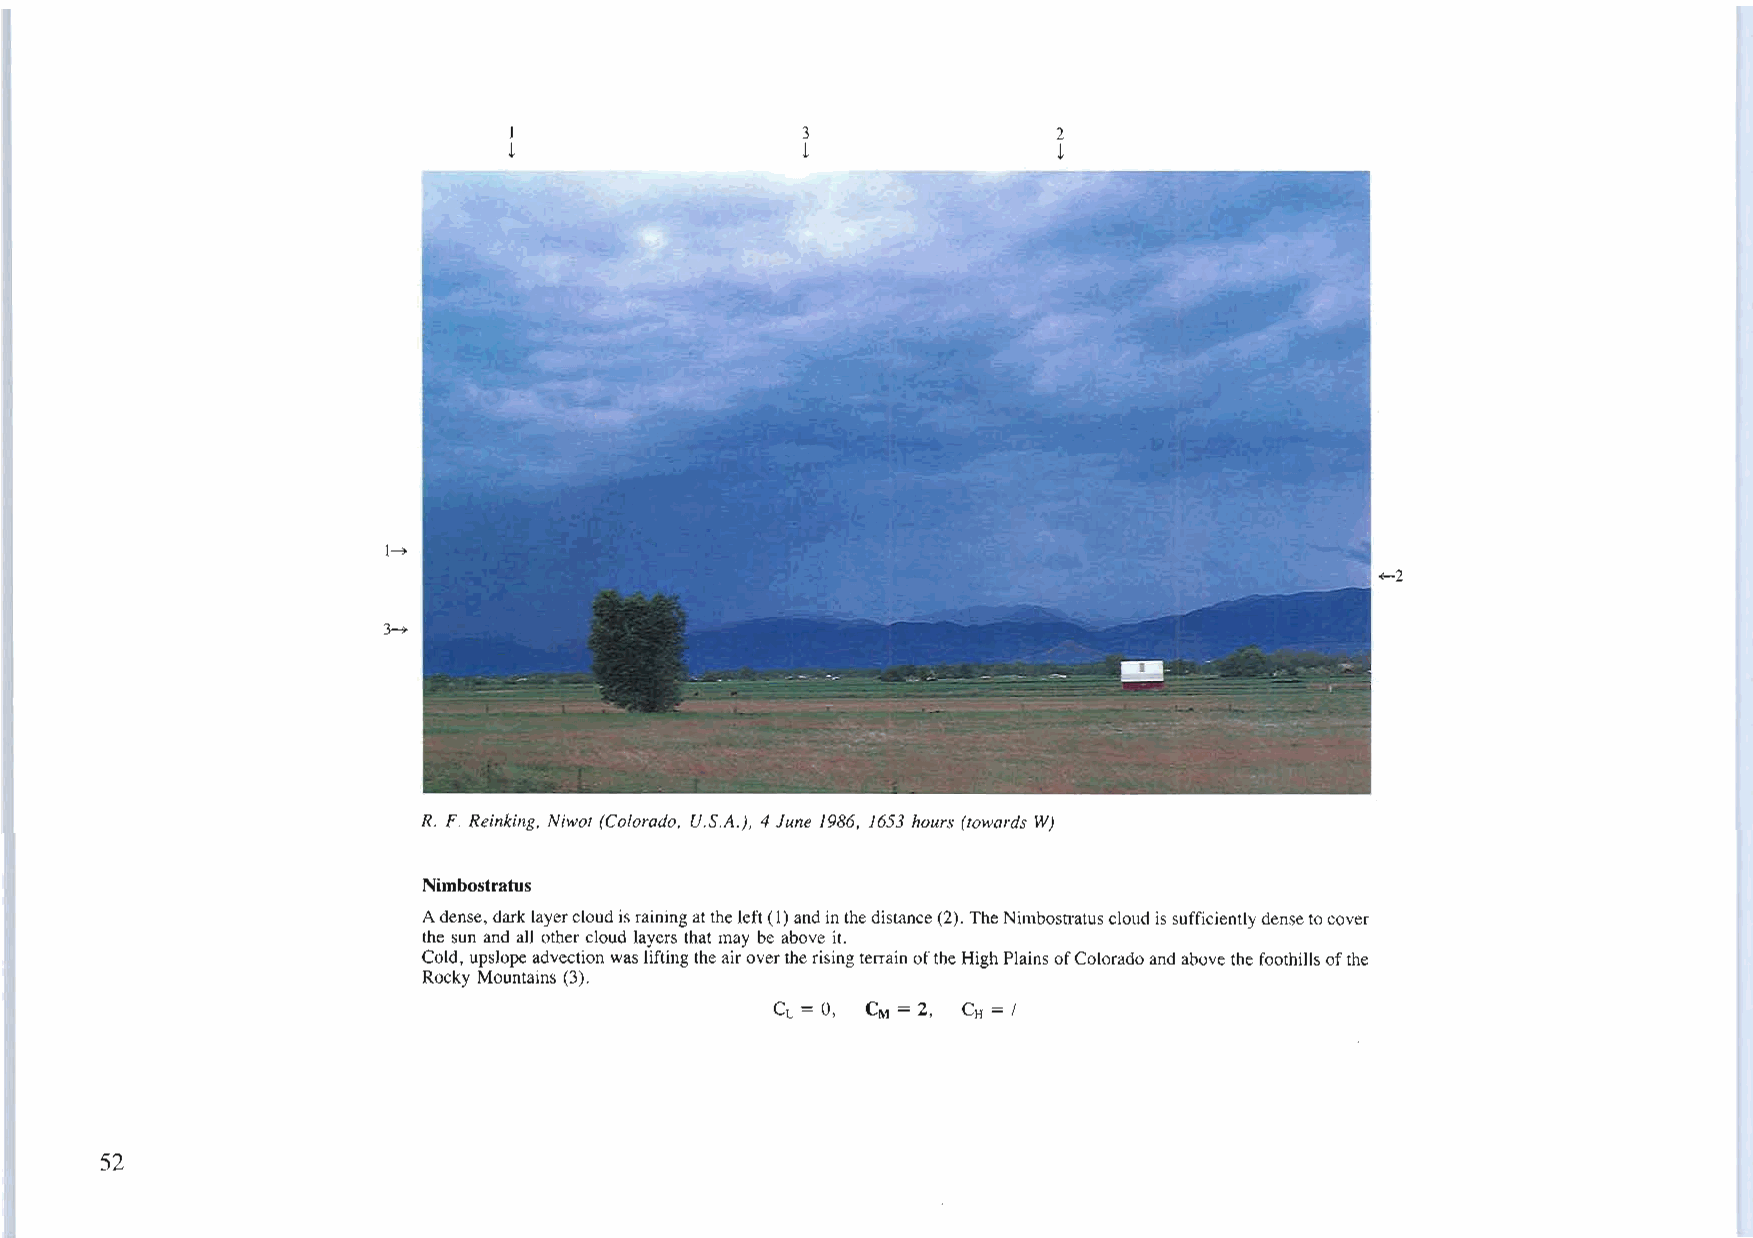
I                  3                2
 ~                  ~                ~
 l~
 +-2
 3~
 R. F. Reinking, Niwot (Colorado, U.S.A.), 4 June 1986, 1653 hours (towards W)
 Nimbostratus
 Adense, darklayercloudisrainingattheleft(1)andinthedistance(2). TheNimbostratuscloudissufficientlydensetocover
 the sun and all othercloud layers that may be above it.
 Cold, upslopeadvectionwasliftingtheairovertherisingterrainoftheHighPlainsofColoradoand abovethefoothills ofthe
 Rocky Mountains (3).
 CL = 0, CM = 2, CH = I
 52